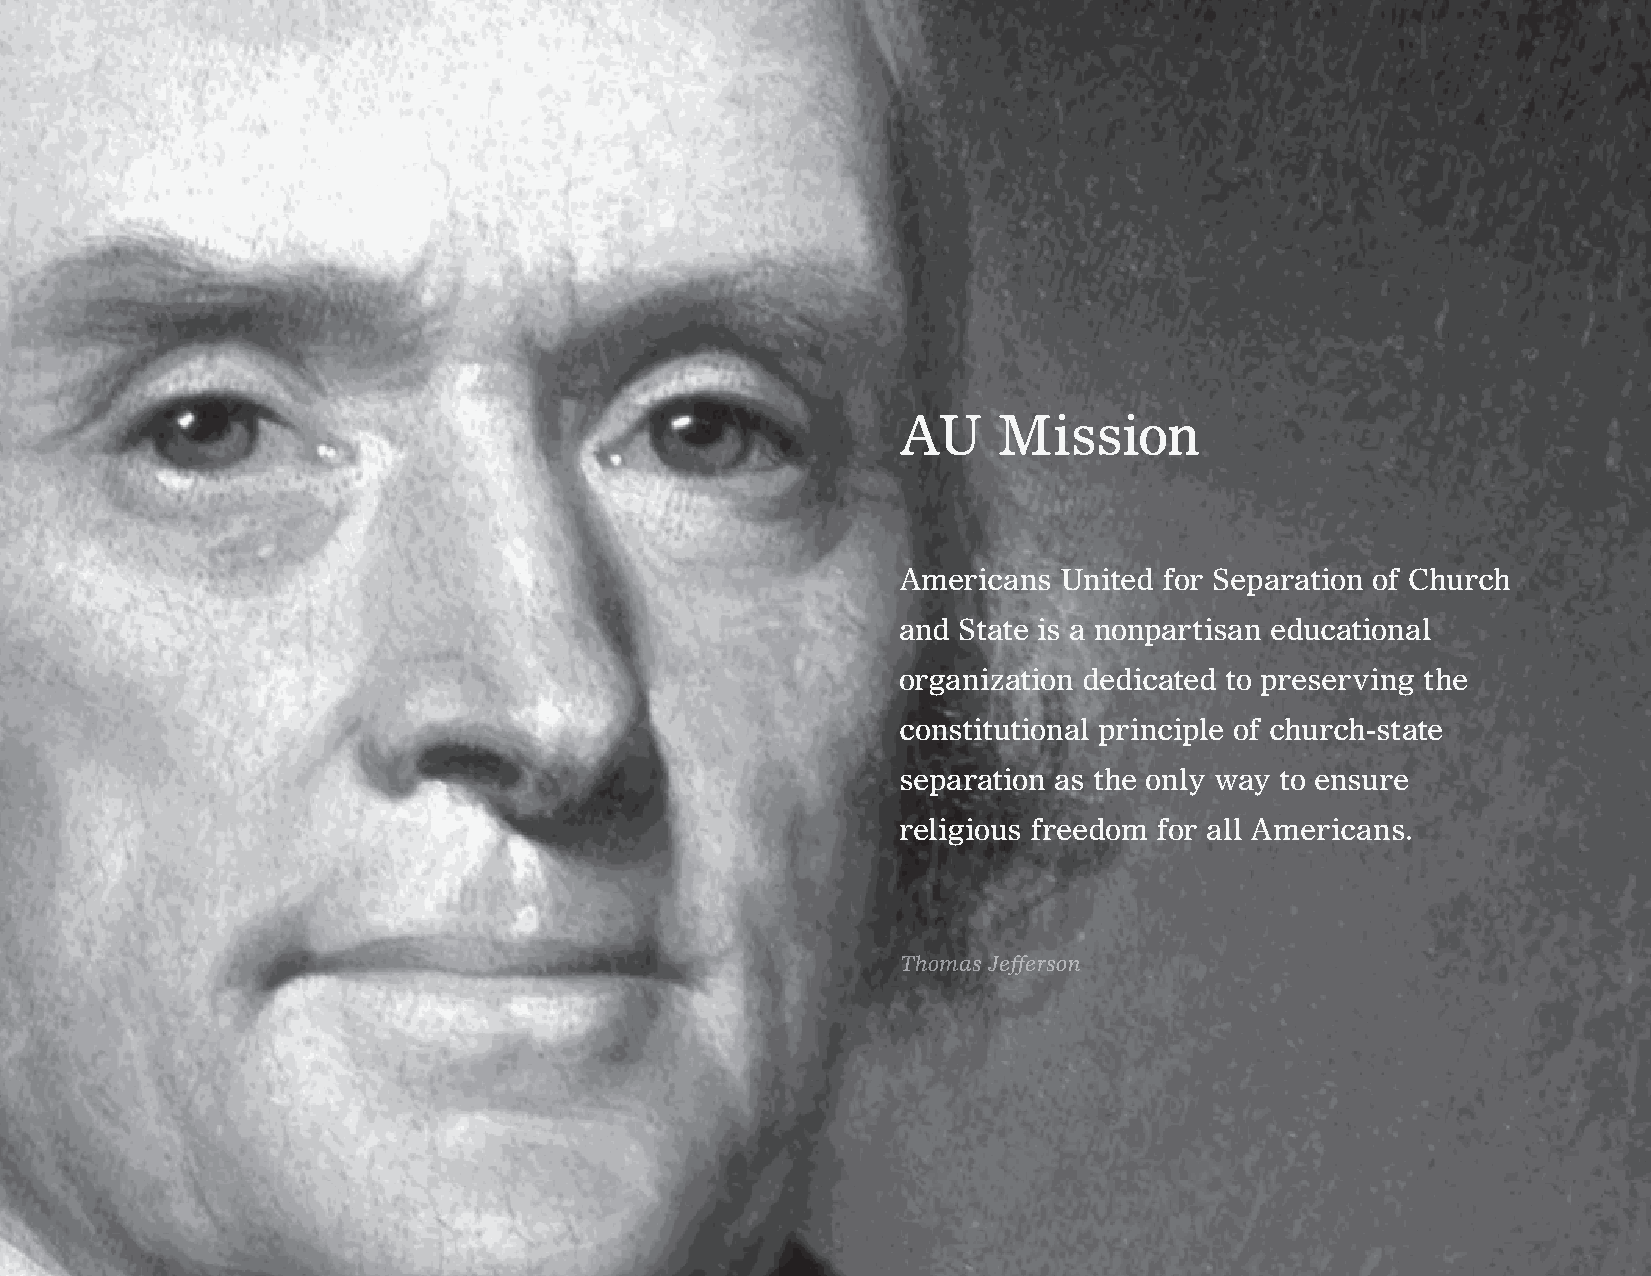
AU     Mission
 Americans  United for Separation of Church
 and State is a nonpartisan educational
 organization dedicated to preserving the
 constitutional principle of church-state
 separation as the only way to ensure
 religious freedom for all Americans.
 Thomas Jefferson